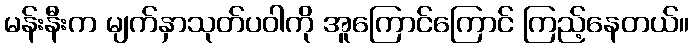
မန်းနီးက မျက်နှာသုတ်ပဝါကို အူကြောင်ကြောင် ကြည့်နေတယ်။